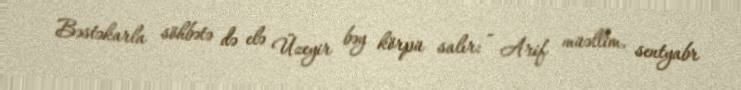
Bəstəkarla söhbətə də elə Üzeyir bəy körpü salır: - Arif müəllim, sentyabr